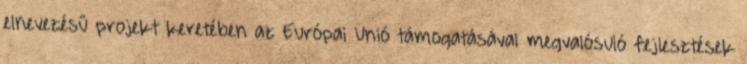
elnevezésű projekt keretében az Európai Unió támogatásával megvalósuló fejlesztések